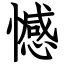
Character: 憾